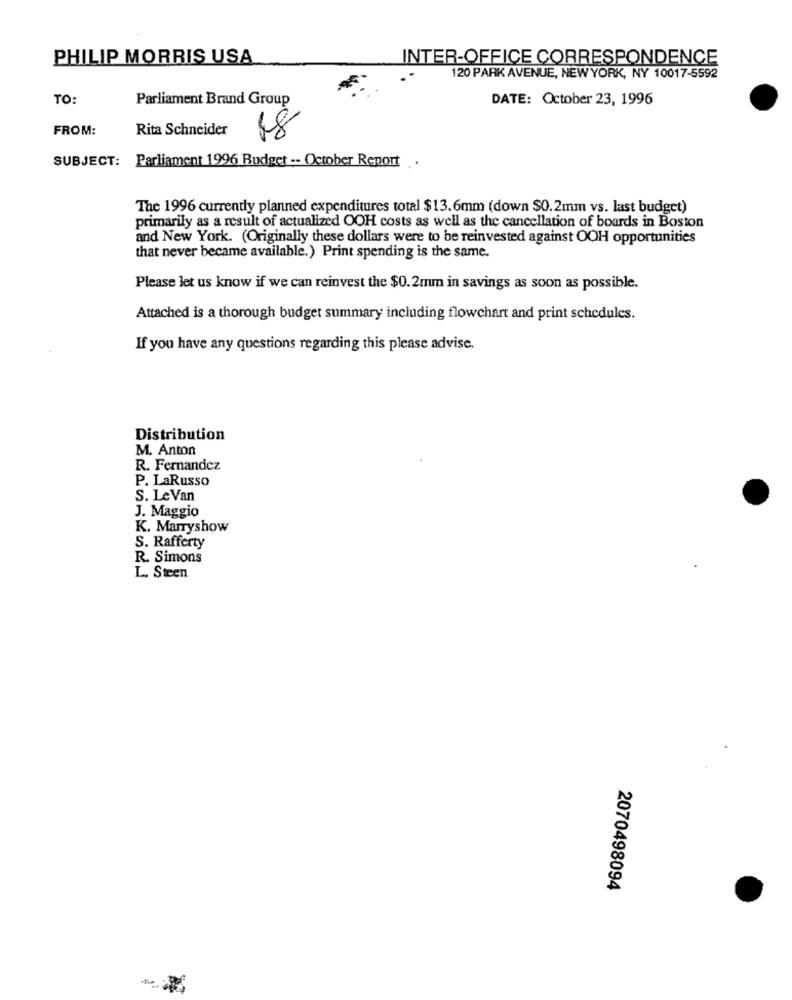
PHILIP MORRIS USA
INTER-OFFICE CORRESPONDENCE
120 PARK AVENUE, NEW YORK, NY 10017-5592
TO:
DATE: October 23, 1996
Parliament Brand Group
FROM:
Rita Schneider
18
SUBJECT: Parliament 1996 Budget -- October Report ..
The 1996 currently planned expenditures total $13.6mm (down $0.2mm vs. last budget)
primarily as a result of actualized OOH costs as well as the cancellation of boards in Boston
and New York. (Originally these dollars were to be reinvested against OOH opportunities
that never became available.) Print spending is the same.
Please let us know if we can reinvest the $0.2mm in savings as soon as possible.
Attached is a thorough budget summary including flowchart and print schedules.
If you have any questions regarding this please advise.
Distribution
M. Anton
R. Fernandez
P. LaRusso
S. Le Van
J. Maggio
K. Marryshow
S. Rafferty
R. Simons
L. Steen
2070498094